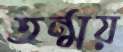
তন্ময়